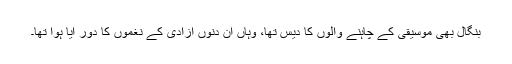
بنگال بھی موسیقی کے چاہنے والوں کا دیس تھا، وہاں ان دنوں آزادی کے نغموں کا دور آیا ہوا تھا۔